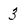
Character: 3